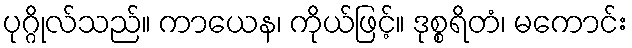
ပုဂ္ဂိုလ်သည်။ ကာယေန၊ ကိုယ်ဖြင့်။ ဒုစ္စရိတံ၊ မကောင်း